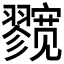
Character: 𱚛